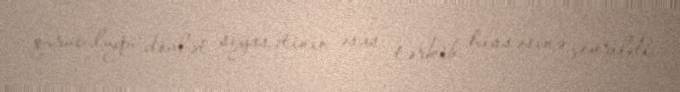
quruculuğu dövlət siyasətinin əsas tərkib hissəsinə çevrildi.